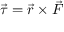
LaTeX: { \vec { \tau } } = { \vec { r } } \times { \vec { F } }